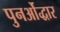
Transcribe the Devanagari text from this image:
पुनर्ओद्धार